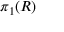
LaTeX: \pi _ { 1 } ( R )